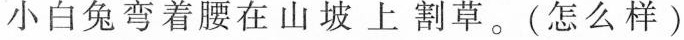
小白兔弯着腰在山坡上割草。(怎么样）